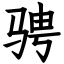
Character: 骋